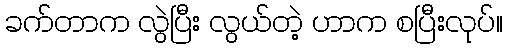
ခက်တာက လွဲပြီး လွယ်တဲ့ ဟာက စပြီးလုပ်။